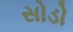
સોડો